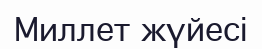
Миллет жүйесі